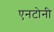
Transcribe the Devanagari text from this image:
एनटोनी